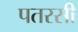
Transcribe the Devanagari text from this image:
पतरसी